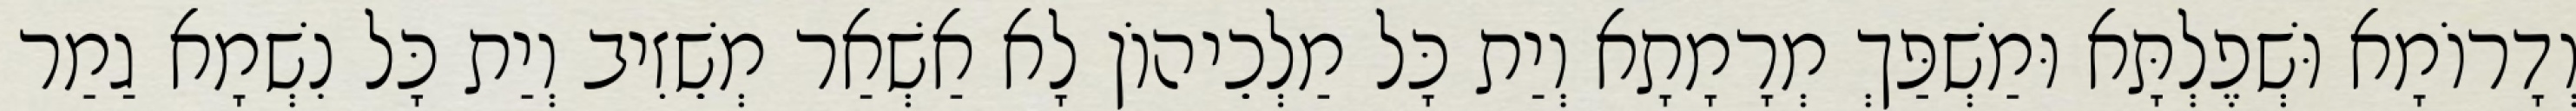
וְדָרוֹמָא וּשְׁפֶלְתָּא וּמַשְׁפַּךְ מְרָמָתָא וְיַת כָּל מַלְכֵיהוֹן לָא אַשְׁאַר מְשֵׁזִיב וְיַת כָּל נִשְׁמָא גַמַר